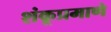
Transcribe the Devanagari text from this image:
शंकूप्रमाणे